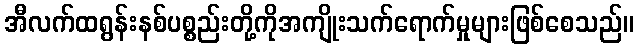
အီလက်ထရွန်းနစ်ပစ္စည်းတို့ကိုအကျိုးသက်ရောက်မှုများဖြစ်စေသည်။